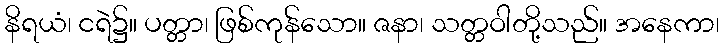
နိရယံ၊ ငရဲ၌။ ပတ္တာ၊ ဖြစ်ကုန်သော။ ဇနာ၊ သတ္တဝါတို့သည်။ အနေကာ၊